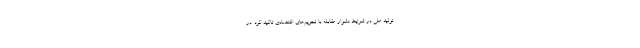
تولید ملی در شرایط دشوار مقابله با تحریم‌های اقتصادی تاکید کرد. در